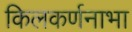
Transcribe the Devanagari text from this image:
किलकर्णनाभा